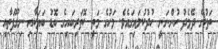
ތަކުގެ ދެމެދު ހުންނަނީ ހުދުކުލައިގައެވެ. މަހުގެ މަތީ ކޮތަރިބައިގެ ބޮޑު ބަޔަކާއި ނިގޫފަތާއި